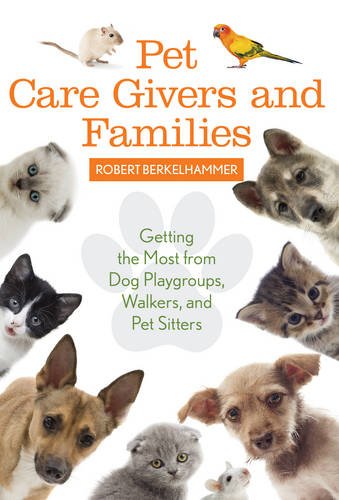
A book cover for Pet Care Givers and Families: Getting the Most from Dog Playgroups, Walkers, and Pet Sitters; Robert Berkelhammer; Crafts, Hobbies & Home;